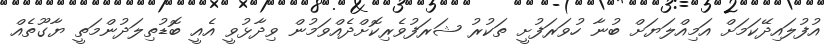
އުފުލައިދޭކަމަށް އަމިއްލަޔަށް ބުނާ ހުވަރަފުށީ ތަކުރު ޝަރަފުވެރިކޮށްދެއްވަމުން ވިދާޅުވީ އެއީ ބޮޑުތިލަދުންމަތީ ޔާގޫތެއް